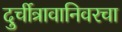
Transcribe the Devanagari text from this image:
दुर्चीत्रावानिवरचा